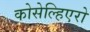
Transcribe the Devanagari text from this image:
कोसेल्हिएरो